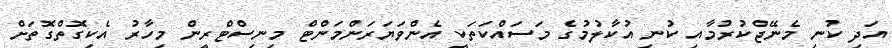
އަދި ކުނި މެނޭޖްކުރުމާއި ކުނި އުކާލުމުގެ މަސައްކަތަކީ އެންވަޔަރަންމަންޓް މިނިސްޓްރީން މިހާރު އެކިގޮތްގޮތަށް